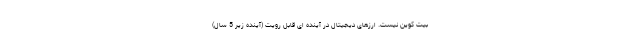
بیت کوین نیست. ارزهای دیجیتال در آینده ای قابل رویت (آینده زیر 5 سال)